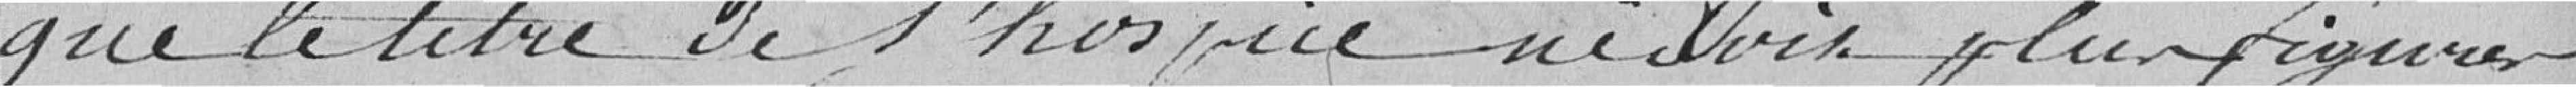
que le titre de l'hospice ne doit plus figurer